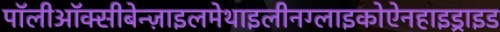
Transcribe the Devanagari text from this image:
पॉलीऑक्सीबेन्ज़ाइलमेथाइलीनग्लाइकोऐनहाइड्राइड